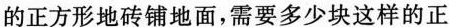
的正方形地砖铺地面，需要多少块这样的正